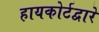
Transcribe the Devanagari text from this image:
हायकोर्टद्वारे